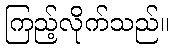
ကြည့်လိုက်သည်။